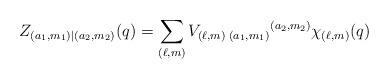
LaTeX: \begin{align*}Z_{(a_1,m_1)|(a_2,m_2)}(q)=\sum_{(\ell,m)}V_{(\ell,m)\; (a_1,m_1)}{}^{(a_2,m_2)} \chi_{(\ell,m)}(q)\end{align*}